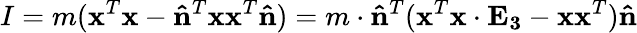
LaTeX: I=m(\mathbf{x}^{T}\mathbf{x}-\mathbf{\hat{n}}^{T}\mathbf{x}\mathbf{x}^{T}\mathbf{\hat{n}})=m\cdot\mathbf{\hat{n}}^{T}(\mathbf{x}^{T}\mathbf{x}\cdot\mathbf{E_{3}}-\mathbf{x}\mathbf{x}^{T})\mathbf{\hat{n}}